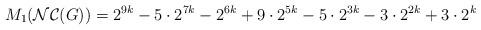
LaTeX: \begin{align*}M_{1}(\mathcal{NC}(G))=2^{9k}-5\cdot2^{7k}-2^{6k}+9\cdot2^{5k}-5\cdot2^{3k}-3\cdot2^{2k}+3\cdot2^{k}\end{align*}